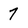
Character: 7